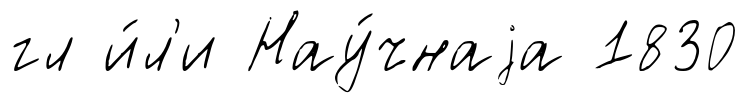
гл и́л'и Нау́чнаjа 1830